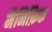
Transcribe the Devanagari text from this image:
मैनिफ़िक